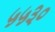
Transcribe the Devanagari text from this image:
५५३०